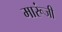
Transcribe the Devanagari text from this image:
मारूंजी